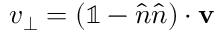
v _ { \perp } = ( { \mathbb 1 } - \hat { n } \hat { n } ) \cdot { \bf v }